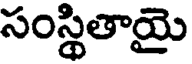
సంస్థితాయై